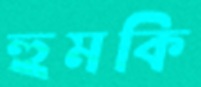
হুমকি